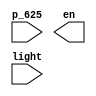
`timescale 1ns / 1ps
//////////////////////////////////////////////////////////////////////////////////
// Company: 
// Engineer: 
// 
// Design Name: 
// Module Name:    en 
// Project Name: 
// Target Devices: 
// Tool versions: 
// Description: 
//
// Dependencies: 
//
// Revision: 
// Revision 0.01 - File Created
// Additional Comments: 
//
//////////////////////////////////////////////////////////////////////////////////
module en(
    input p_625,
    output [3:0] en,
    input [1:0] light
    );


endmodule